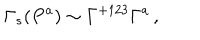
\Gamma _ { s } ( P ^ { a } ) \sim \Gamma ^ { + 1 2 3 } \Gamma ^ { a } \, ,